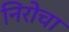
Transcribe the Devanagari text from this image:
निरोचा